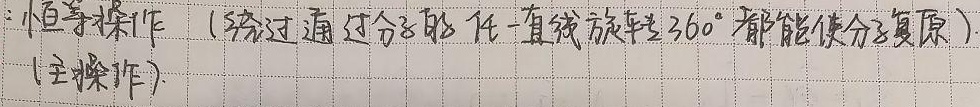
恒等操作（绕过通过分子的任一直线旋转\(360^{\circ}\)都能使分子复原）(主操作)